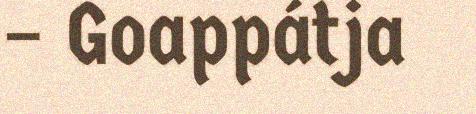
– Goappátja